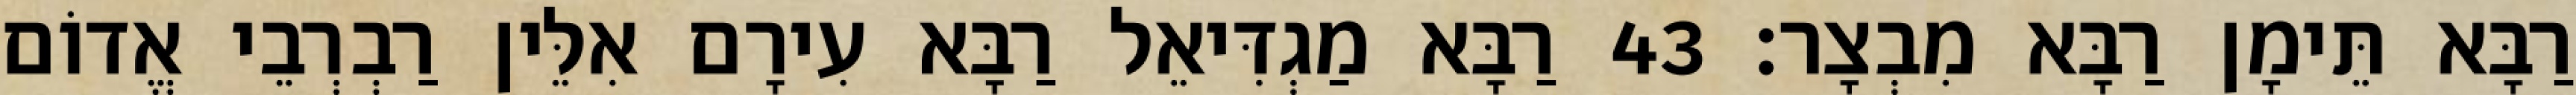
רַבָּא תֵּימָן רַבָּא מִבְצָר׃ 43 רַבָּא מַגְדִּיאֵל רַבָּא עִירָם אִלֵּין רַבְרְבֵי אֱדוֹם